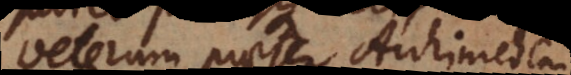
veterum praeter Archimedem